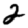
Digit: 2